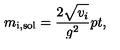
m _ { \mathrm { i , s o l } } = { \frac { 2 \sqrt { \mathstrut v _ { i } } } { g ^ { 2 } } } \raise 2 p t \mathrm { , }